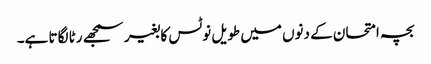
بچہ امتحان کے دنوں میں طویل نوٹس کا بغیر سمجھے رٹا لگاتا ہے۔